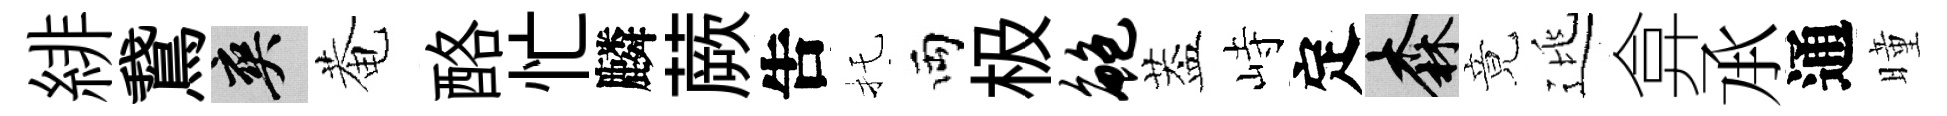
緋鵞爽菴酪忙麟蕨吿托両极鲍葢峙定森竟逃弇𠄘通曈